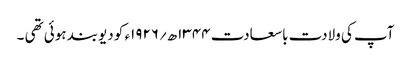
آپ کی ولادت باسعادت ۱۳۴۴ھ؍۱۹۲۶ء کو دیوبند ہوئی تھی ۔